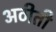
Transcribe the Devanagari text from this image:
अठीती